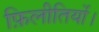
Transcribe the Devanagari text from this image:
फ़िलीतियों।